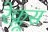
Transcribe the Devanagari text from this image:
रेक्लूस